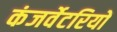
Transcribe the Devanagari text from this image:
कंजर्वेटरियों